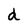
Character: d